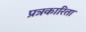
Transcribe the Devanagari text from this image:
प्रत्रकारिता